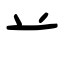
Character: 䒑